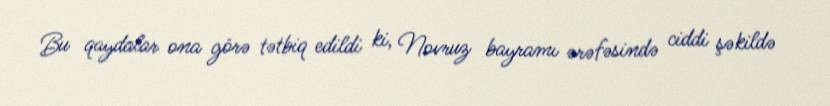
Bu qaydalar ona görə tətbiq edildi ki, Novruz bayramı ərəfəsində ciddi şəkildə